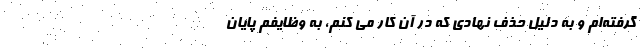
گرفته‌ام و به دلیل حذف نهادی که در آن کار می کنم، به وظایفم پایان